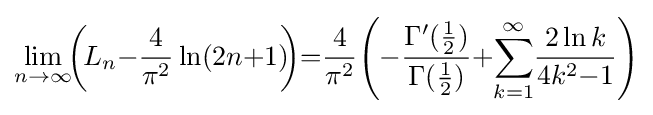
\lim _{n\to \infty }\!\!\left(\!{L_{n}{-}{\frac {4}{\pi ^{2}}}\ln(2n{+}1)}\!\!\right)\!{=}{\frac {4}{\pi ^{2}}}\!\left({-}{\frac {\Gamma '({\tfrac {1}{2}})}{\Gamma ({\tfrac {1}{2}})}}{+}{\sum _{k=1}^{\infty }\!{\frac {2\ln k}{4k^{2}{-}1}}}\right)